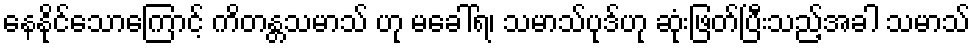
နေနိုင်သောကြောင့် ကိတန္တသမာသ် ဟု မခေါ်ရ၊ သမာသ်ပုဒ်ဟု ဆုံးဖြတ်ပြီးသည့်အခါ သမာသ်